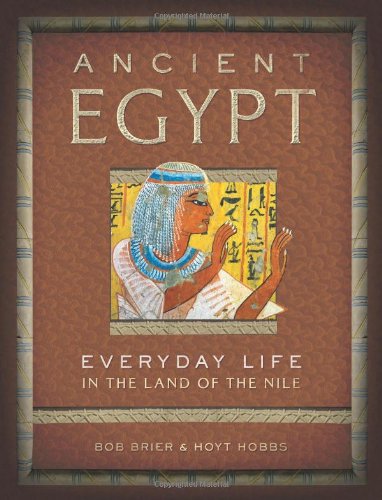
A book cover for Ancient Egypt: Everyday Life in the Land of the Nile; Bob Brier; History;